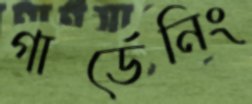
গার্ডেনিং